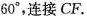
60°，连接CF。